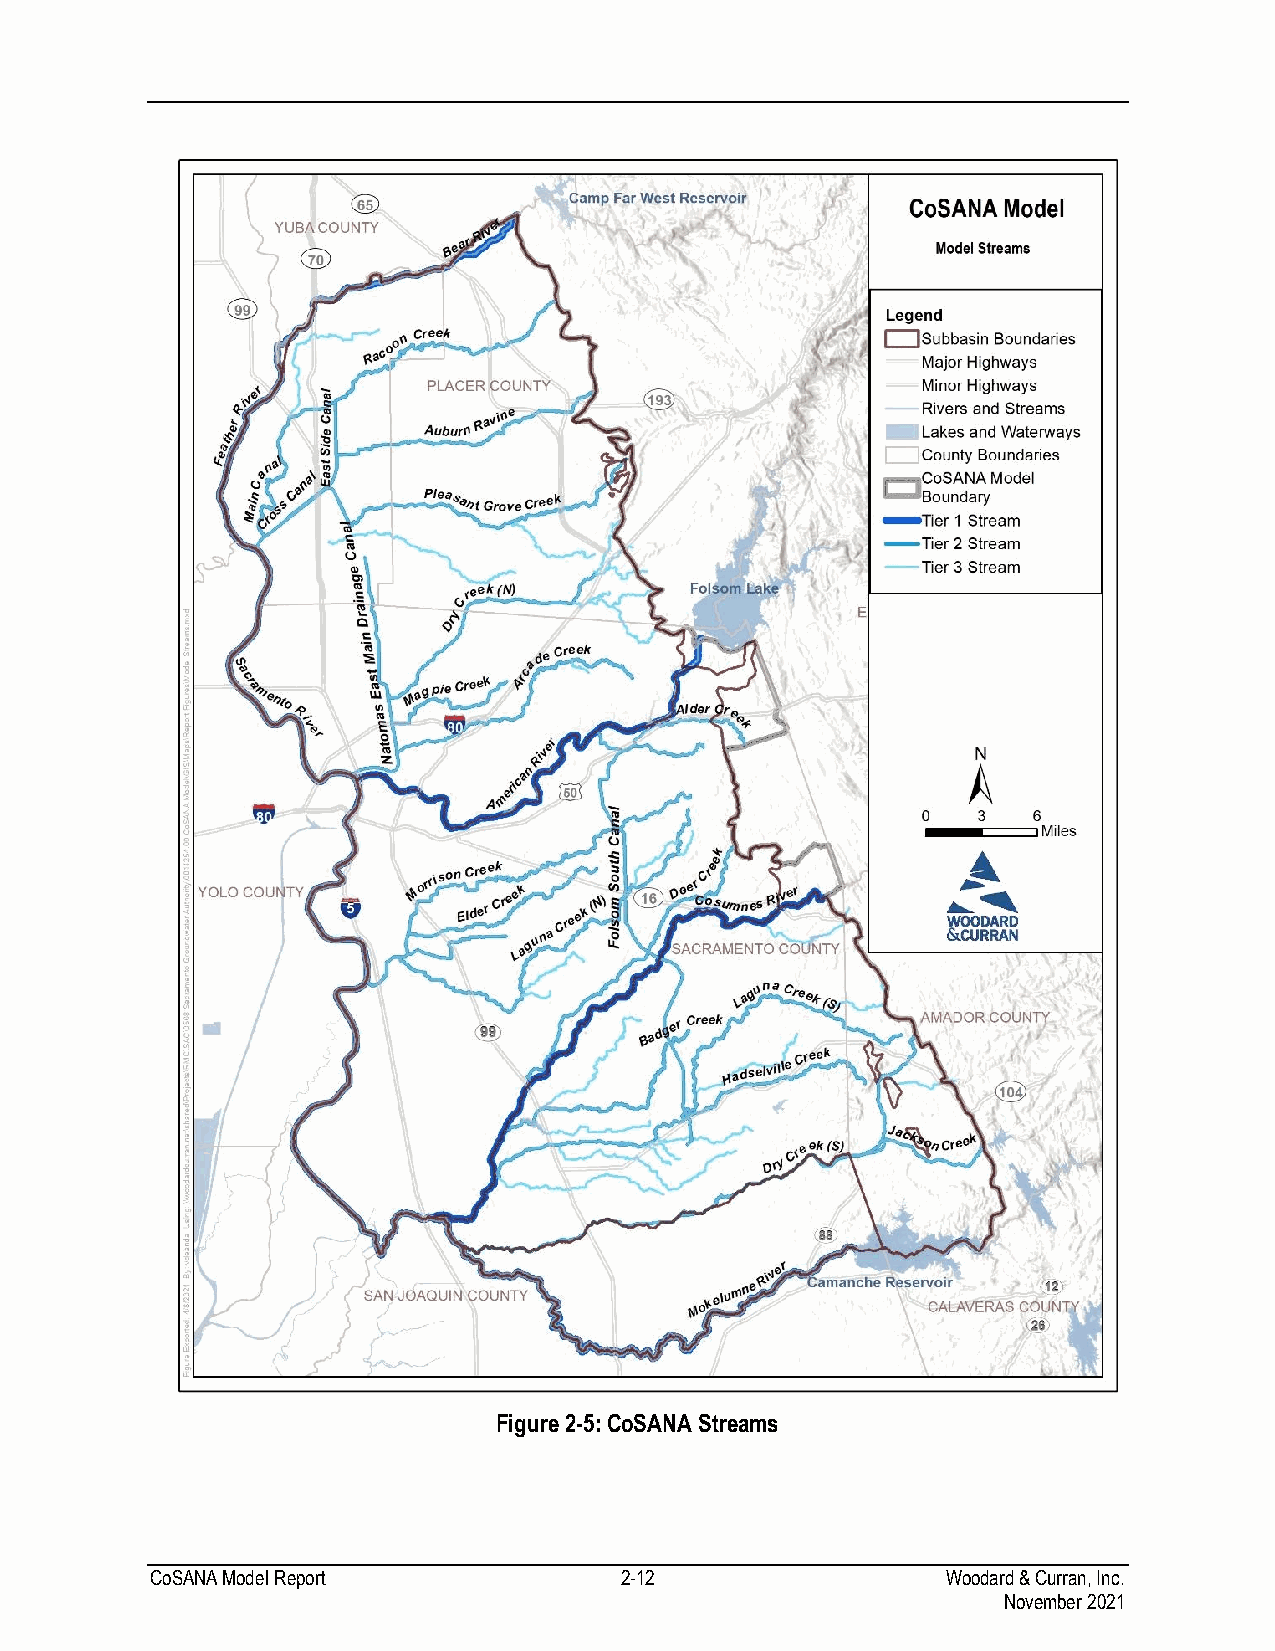
Figure 2-5: CoSANA Streams
 CoSANA Model Report            2-12                  Woodard & Curran, Inc.
 November 2021